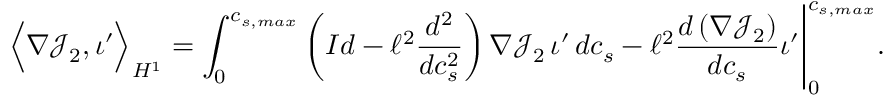
\Big \langle \nabla \mathcal { J } _ { 2 } , \iota ^ { \prime } \Big \rangle _ { H ^ { 1 } } = \int _ { 0 } ^ { c _ { s , m a x } } \left( I d - \ell ^ { 2 } \frac { d ^ { 2 } } { d c _ { s } ^ { 2 } } \right) \nabla \mathcal { J } _ { 2 } \, \iota ^ { \prime } \, d c _ { s } - \ell ^ { 2 } \frac { d \left( \nabla \mathcal { J } _ { 2 } \right) } { d c _ { s } } \iota ^ { \prime } \Bigg | _ { 0 } ^ { c _ { s , m a x } } .